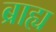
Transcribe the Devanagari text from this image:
ब्राह्य